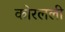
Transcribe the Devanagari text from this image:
कोरलली